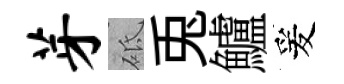
芽砥兎鱸爰